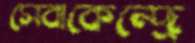
সেবাকেন্দ্রে